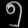
Digit: ၅